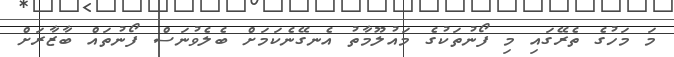
މަ މަހުގެ ތެރޭގައި މި ފޯނުތަކުގެ މައުލޫމާތު އެނގޭނެކަމަށް ބެލެވުނަސް ފޯނުތައް ބާޒާރަށް